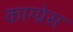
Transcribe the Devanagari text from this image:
काग्ग्रेस